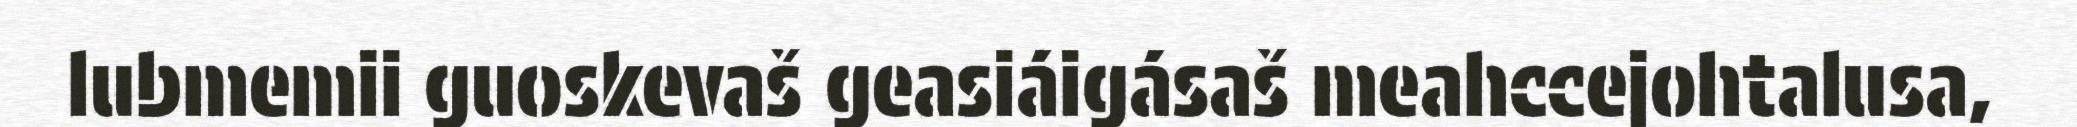
lubmemii guoskevaš geasiáigásaš meahccejohtalusa,